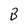
Character: B